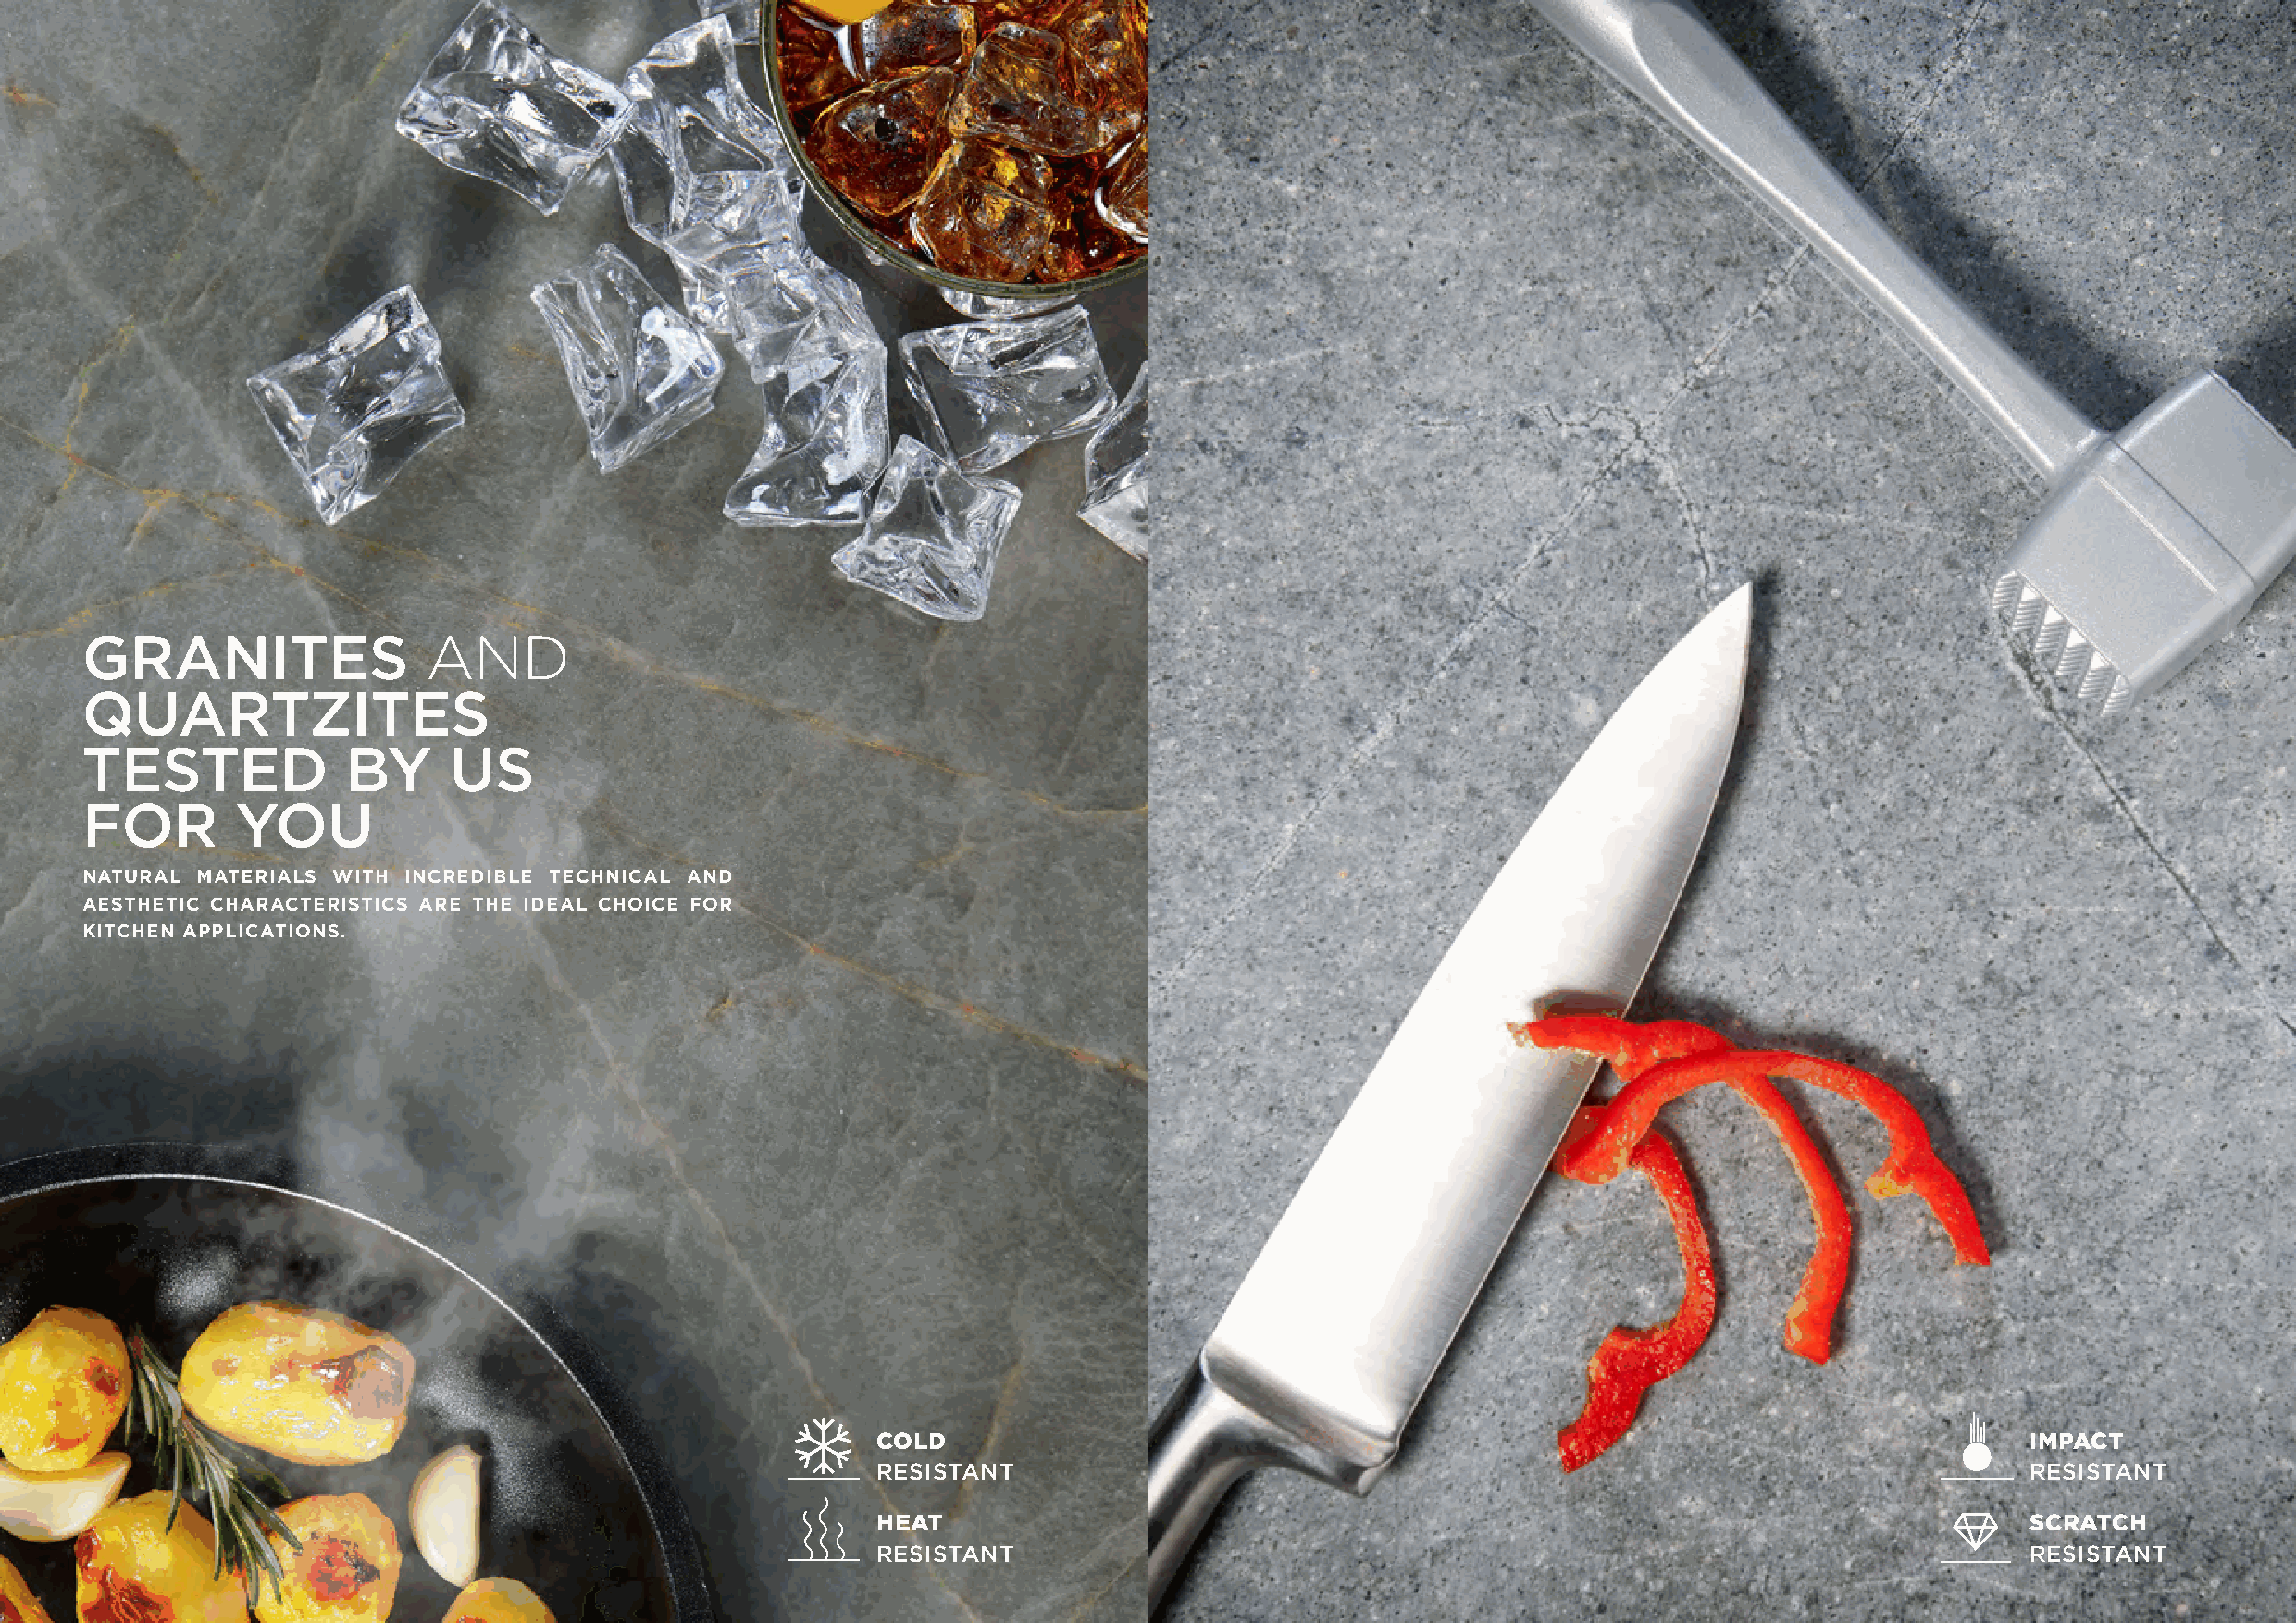
GRANITES                AND
 QUARTZITES
 TESTED             BY     US
 FOR        YOU
 NATURAL MATERIALS WITH INCREDIBLE TECHNICAL AND
 AESTHETIC CHARACTERISTICS ARE THE IDEAL CHOICE FOR
 KITCHEN APPLICATIONS.
 COLD                                                                              IMPACT
 RESISTANT                                                                         RESISTANT
 HEAT                                                                              SCRATCH
 RESISTANT                                                                         RESISTANT